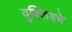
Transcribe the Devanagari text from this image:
युक्लिडचे